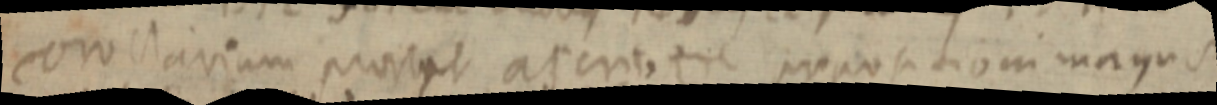
coro clavium _ _ propositioni magus